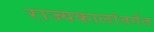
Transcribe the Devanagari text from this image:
राज्यकालांतर्गत